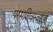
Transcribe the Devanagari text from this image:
परमशिवस्वरूप